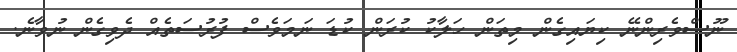
ނޫސްވެރިންނޭ ކިޔައިގެން މިތަން ހަލާކު ކުރަން ކުޑަ ނަމަވެސް ފުރުސަތެއް ދެވިގެން ނުވާނެ.